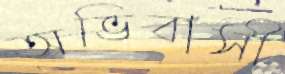
অভিবাসী